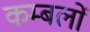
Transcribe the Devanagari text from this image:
कम्बलों